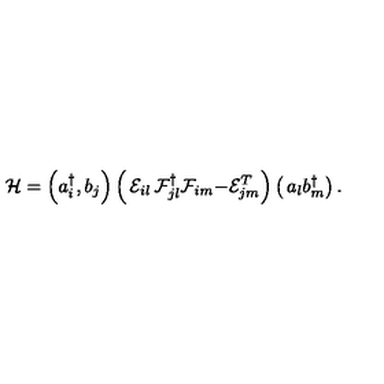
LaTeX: \mathcal { H } = \left( a _ { i } ^ { \dagger } , b _ { j } \right) \left( \begin{matrix} { \mathcal { E } _ { i l } } & { \mathcal { F } _ { j l } ^ { \dagger } } \\ { \mathcal { F } _ { i m } } & { - \mathcal { E } _ { j m } ^ { T } } \\ \end{matrix} \right) \left( \begin{matrix} { a _ { l } } \\ { b _ { m } ^ { \dagger } } \\ \end{matrix} \right) .